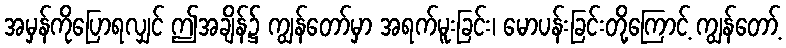
အမှန်ကိုပြောရလျှင် ဤအချိန်၌ ကျွန်တော်မှာ အရက်မူးခြင်း၊ မောပန်းခြင်းတို့ကြောင့် ကျွန်တော့်